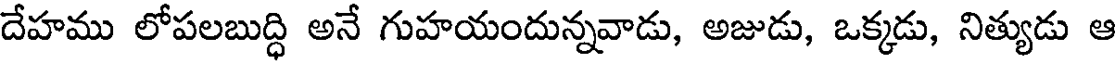
దేహము లోపలబుద్ధి అనే గుహయందున్నవాడు, అజుడు, ఒక్కడు, నిత్యుడు ఆ